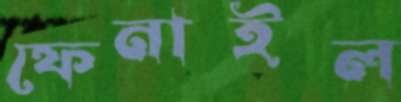
ফেনাইল